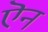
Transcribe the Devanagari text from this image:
ऎन